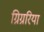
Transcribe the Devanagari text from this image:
ग्रिग्ररिया